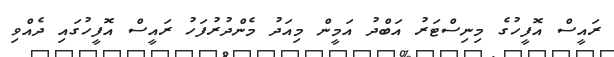
ރައީސް އޮފީހުގެ މިނިސްޓަރު އަބްދު އަމީން މިއަދު މެންދުރުފަހު ރައީސް އޮފީހުގައި ދެއްވި